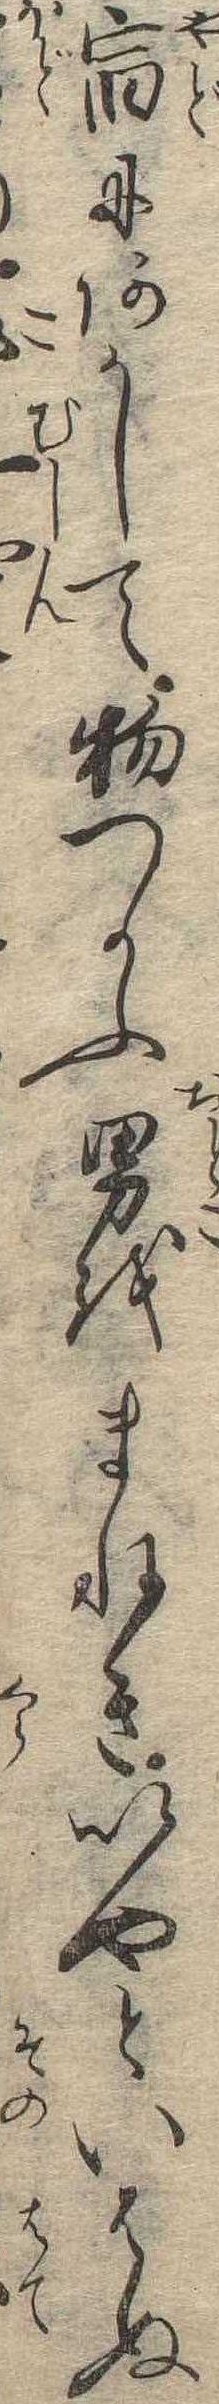
宿にあかして物つかふ男をまねきいやといはぬ